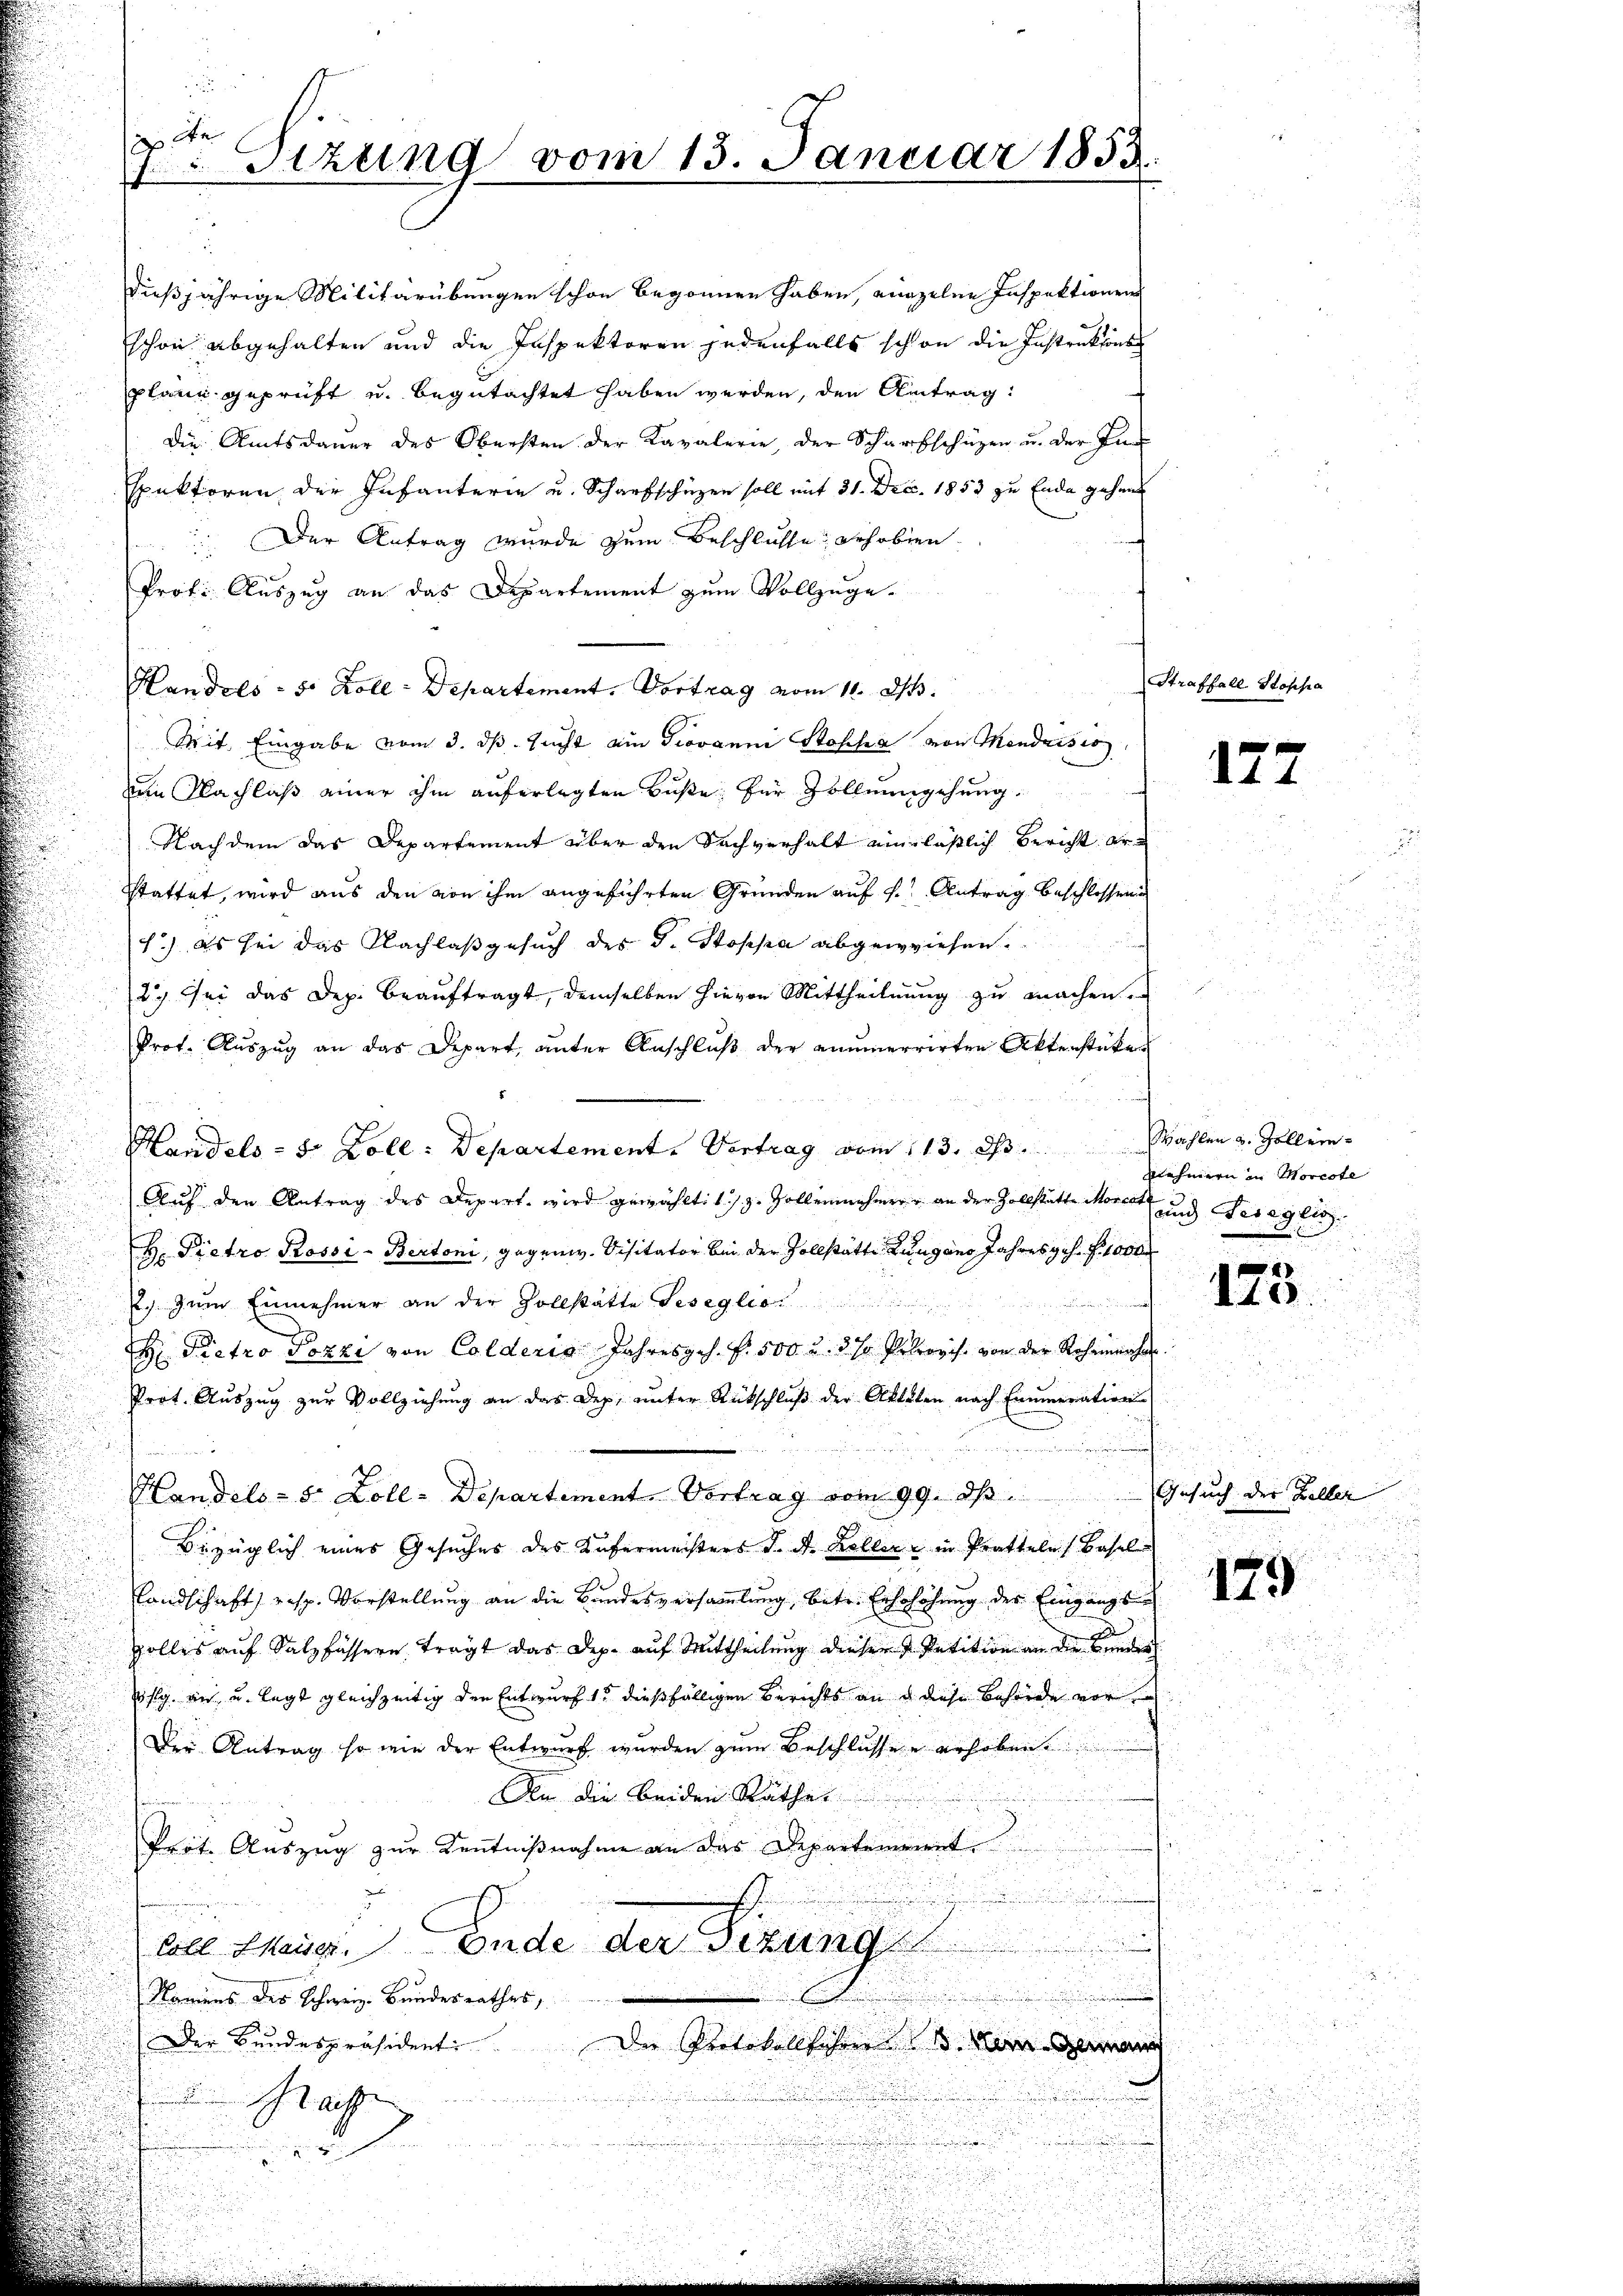
dießjährige Militärübungen schon begonnen haben, einzelne Inspektionen
schon abgehalten und die Inspektoren jedenfalls schon die Instruktions
plane geprüft u. begutachtet haben werden, den Antrag:
die Amtsdaŭer des Obersten der Kavalerie, der Scharfschüzen u. der In
spektoren der Infanterie u. Scharfschüzen soll mit 31. Dec. 1853 zu Ende gehen
Der Antrag wurde zum Beschlusse erhoben
Prof. Auszug an das Departement zum Vollzuge¬
Handels - 5. Koll-Departement. Vortrag vom 11. d.
Mit Eingabe vom 3. ds. sucht am Giovanni Stoff von Mendrisis
m Nachlaß einer ihm auferlegten Buße für Zollengehung.
Nachdem das Departement über den Sachverhalt einläßlich Bericht ar-
stattet, wird aus den von ihm angeführten Grunden auf 1. Antrag beschlossene
1.) Es sei das Nachlaß gesuch des J. Stoppa abgewiesen.
2.) Sei das Dep. beauftragt, demselben hievon Mittheilung zu machen.
Prot. Auszug an das Depart, unter Anschluß der anumerrirten Aktenstüke
Handels- 5 Zoll: Departement. Vortrag vom 113. ds.
Auf den Antrag des Depart wird gewähltit) z. Zollenmehrer an der Zollstätte Morcot und Verglis
H. Pietro Rossi - Bertoni, gegen. Visitator bei der Zollstätte Zugano Jahresges. f. 1000
2. zum Einnehmer an der Zollstätte Seseglio
H Pietro Pozzi von Colderis Jahresges. f. 500 u. 3 fr Pelrevis. von der Rohinnaher
Prof. Auszug zur Vollziehung an das Des, unter Rückschluß der Aktilen nach Enumeration

Handels- 5 Zoll-Departement, Vortrag vom 99. ds. Gesuch der Keller
Bezüglich eines Gesuches des Küfermeisters d. d. Koller in Pratteln, Basel
Landschaft, resp. Vorstellung an die Bundesversammlung, betr. Erschöhung des Eingangssolles auf Salzfussern trägt das Dep. auf Mittheilung dieser Petition an die Kinder
vlg. an u. legt gleichzeitig den Entwurf 15 dießfälligen Berichts an d diese Behörde vor
Der Antrag so wie der Entwurf wurden zum Beschlussee erhobene
An die beiden Rathes
Prot. Auszug zur Kenntnißnahme an das Departement
n
coll Meier. Ende der Sitzung
Namens des Schweiz. Bundesrathes,
Der Bundespräsident. Der Protokollschen Man man

af
.

d
e

.

2ten Sizung vom 13. Januar 1853.

Straffall Stoppa

127

s
Wahlen u. Zollernehmern in Morcote

123.

179